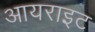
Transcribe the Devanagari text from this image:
आयराइट